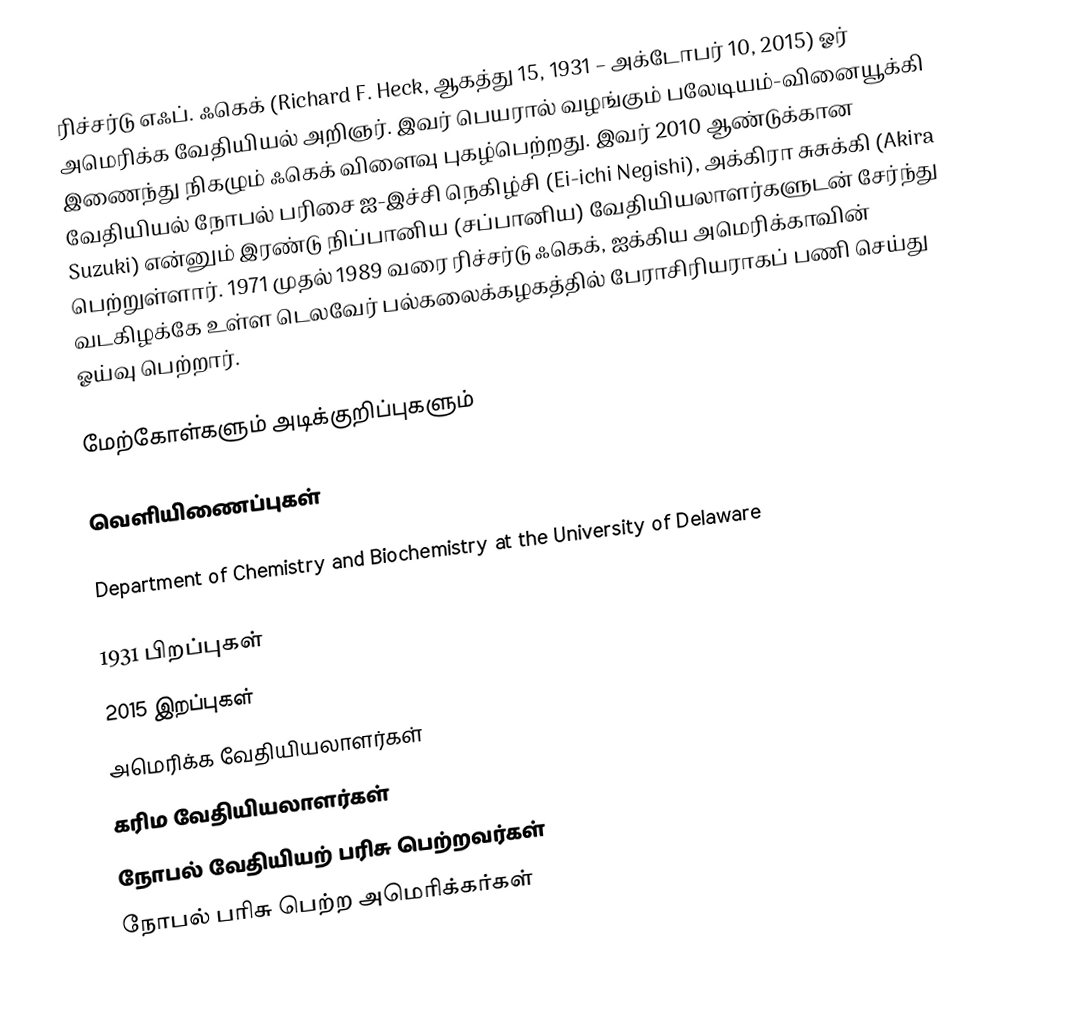
ரிச்சர்டு எஃப். ஃகெக் (Richard F. Heck, ஆகத்து 15, 1931 – அக்டோபர் 10, 2015) ஓர் அமெரிக்க வேதியியல் அறிஞர். இவர் பெயரால் வழங்கும் பலேடியம்-வினையூக்கி இணைந்து நிகழும் ஃகெக் விளைவு புகழ்பெற்றது. இவர் 2010 ஆண்டுக்கான வேதியியல் நோபல் பரிசை ஐ-இச்சி நெகிழ்சி (Ei-ichi Negishi), அக்கிரா சுசுக்கி (Akira Suzuki) என்னும் இரண்டு நிப்பானிய (சப்பானிய) வேதியியலாளர்களுடன் சேர்ந்து பெற்றுள்ளார். 1971 முதல் 1989 வரை ரிச்சர்டு ஃகெக், ஐக்கிய அமெரிக்காவின் வடகிழக்கே உள்ள டெலவேர் பல்கலைக்கழகத்தில் பேராசிரியராகப் பணி செய்து ஓய்வு பெற்றார்.

மேற்கோள்களும் அடிக்குறிப்புகளும்

வெளியிணைப்புகள்

 Department of Chemistry and Biochemistry at the University of Delaware

1931 பிறப்புகள்
2015 இறப்புகள்
அமெரிக்க வேதியியலாளர்கள்
கரிம வேதியியலாளர்கள்
நோபல் வேதியியற் பரிசு பெற்றவர்கள்
நோபல் பரிசு பெற்ற அமெரிக்கர்கள்